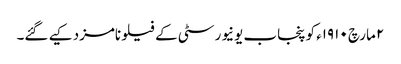
٢ مارچ ١٩١٠ء کو پنجاب یونیورسٹی کے فیلو نامزد کیے گئے۔